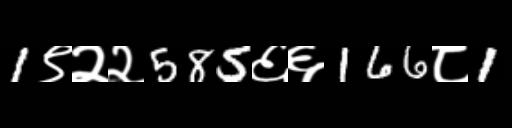
Text: 1९२२585६६166८1